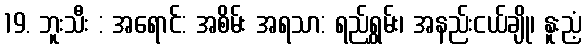
19. ဘူးသီး : အရောင်: အစိမ်း အရသာ: ရည်ရွှမ်း၊ အနည်းငယ်ချို၊ နူးညံ့